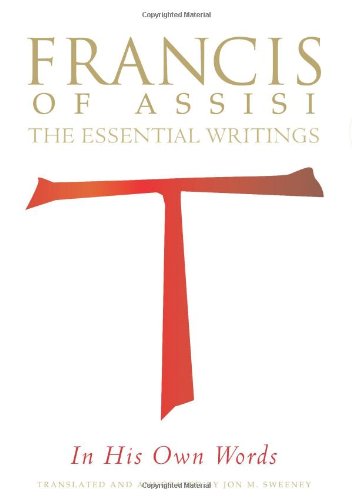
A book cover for Francis of Assisi in His Own Words: The Essential Writings; Christian Books & Bibles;